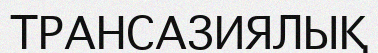
ТРАНСАЗИЯЛЫҚ